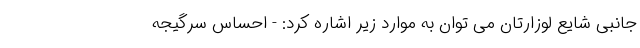
جانبی شایع لوزارتان می توان به موارد زیر اشاره کرد: - احساس سرگیجه